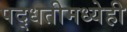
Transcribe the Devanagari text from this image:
पद्धतीमध्येही